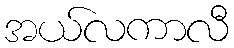
အယ်လကာလီ